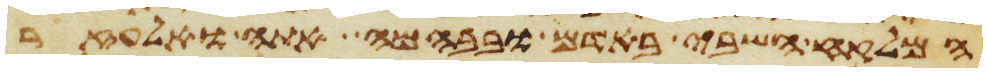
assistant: המלקח השבי באדם ובבהמה אתה ואלעזר